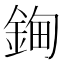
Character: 𰼲